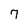
Character: 7